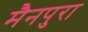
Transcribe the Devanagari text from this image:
मैनपुरा